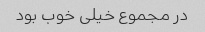
در مجموع خیلی خوب بود